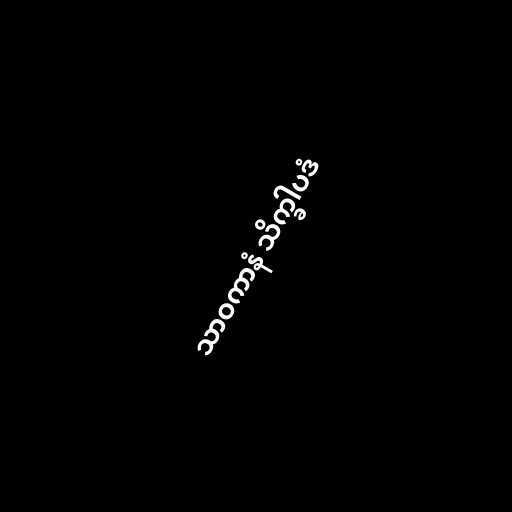
သာဝကာနံ သိက္ခါပဒံ